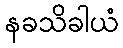
နခသိခါယံ